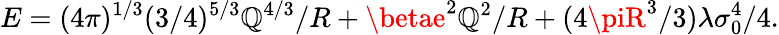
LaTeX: E=(4\pi)^{1/3}(3/4)^{5/3}\mathbb{Q}^{4/3}/R+\betae^{2}\mathbb{Q}^{2}/R+(4\piR^{3}/3)\lambda\sigma_{0}^{4}/4.